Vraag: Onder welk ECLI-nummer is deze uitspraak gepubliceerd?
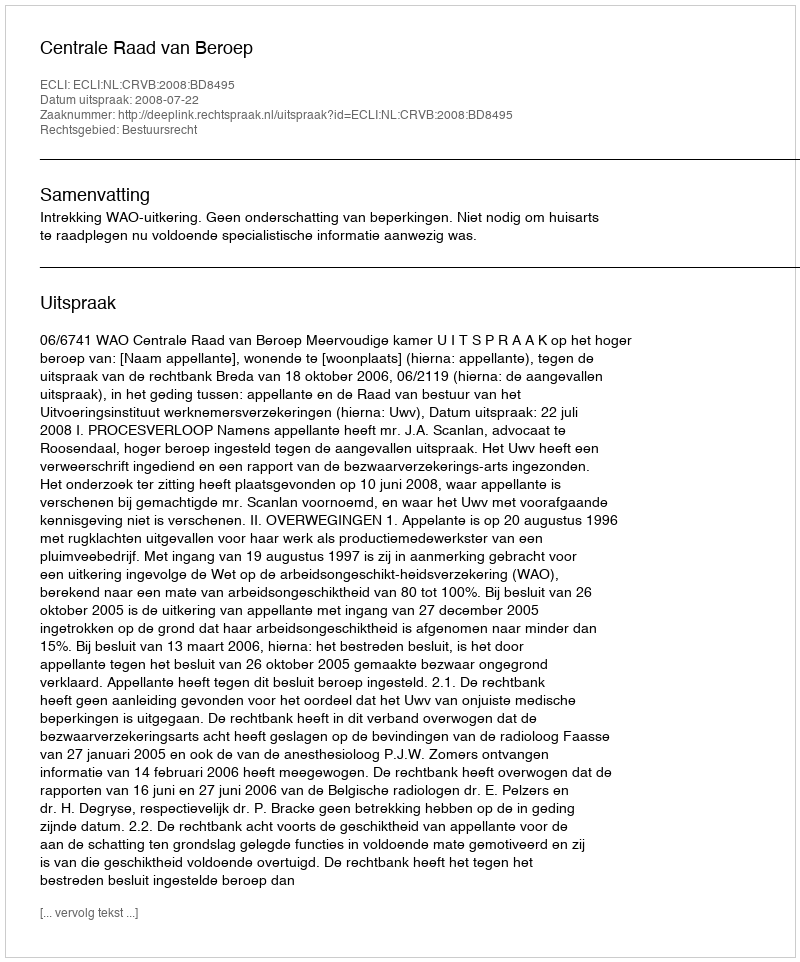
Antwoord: ECLI:NL:CRVB:2008:BD8495